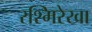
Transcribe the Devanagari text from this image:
रश्मिरेखा